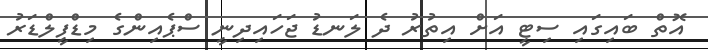
އޮތް ބައިގައި ސިޓީ އަށް އިތުރު ދެ ލަނޑު ޖަހައިދިނީ ސްޕެއިންގެ މިޑްފީލްޑަރު